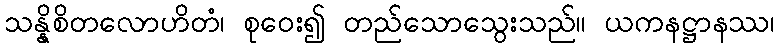
သန္နိစိတလောဟိတံ၊ စုဝေး၍ တည်သောသွေးသည်။ ယကနဋ္ဌာနဿ၊